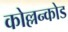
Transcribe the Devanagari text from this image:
कोल्लन्कोड